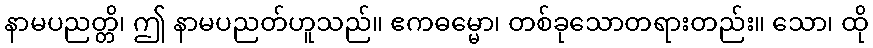
နာမပညတ္တိ၊ ဤ နာမပညတ်ဟူသည်။ ဧကဓမ္မော၊ တစ်ခုသောတရားတည်း။ သော၊ ထို